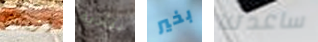
أريتك بتأدية بخير ساعدتنا